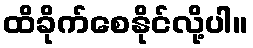
ထိခိုက်စေနိုင်လို့ပါ။